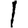
Digit: 1